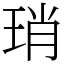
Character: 琑